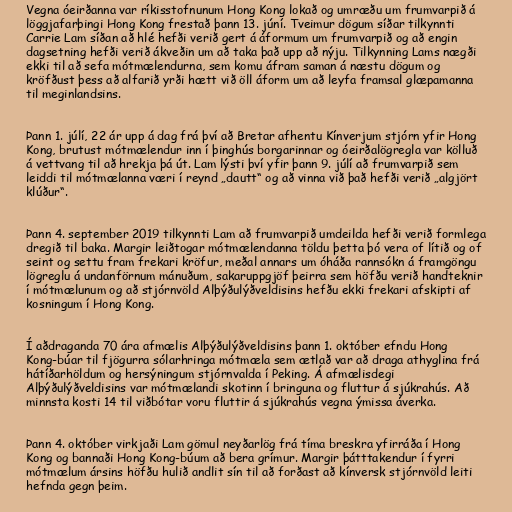
Vegna óeirðanna var ríkisstofnunum Hong Kong lokað og umræðu um frumvarpið á
löggjafarþingi Hong Kong frestað þann 13. júní. Tveimur dögum síðar tilkynnti
Carrie Lam síðan að hlé hefði verið gert á áformum um frumvarpið og að engin
dagsetning hefði verið ákveðin um að taka það upp að nýju. Tilkynning Lams nægði
ekki til að sefa mótmælendurna, sem komu áfram saman á næstu dögum og
kröfðust þess að alfarið yrði hætt við öll áform um að leyfa framsal glæpamanna
til meginlandsins.

Þann 1. júlí, 22 ár upp á dag frá því að Bretar afhentu Kínverjum stjórn yfir Hong
Kong, brutust mótmælendur inn í þinghús borgarinnar og óeirðalögregla var kölluð
á vettvang til að hrekja þá út. Lam lýsti því yfir þann 9. júlí að frumvarpið sem
leiddi til mótmælanna væri í reynd „dautt“ og að vinna við það hefði verið „algjört
klúður“.

Þann 4. september 2019 tilkynnti Lam að frumvarpið umdeilda hefði verið formlega
dregið til baka. Margir leiðtogar mótmælendanna töldu þetta þó vera of lítið og of
seint og settu fram frekari kröfur, meðal annars um óháða rannsókn á framgöngu
lögreglu á undanförnum mánuðum, sakaruppgjöf þeirra sem höfðu verið handteknir
í mótmælunum og að stjórnvöld Alþýðulýðveldisins hefðu ekki frekari afskipti af
kosningum í Hong Kong.

Í aðdraganda 70 ára afmælis Alþýðulýðveldisins þann 1. október efndu Hong
Kong-búar til fjögurra sólarhringa mótmæla sem ætlað var að draga athyglina frá
hátíðarhöldum og hersýningum stjórnvalda í Peking. Á afmælisdegi
Alþýðulýðveldisins var mótmælandi skotinn í bringuna og fluttur á sjúkrahús. Að
minnsta kosti 14 til viðbótar voru fluttir á sjúkrahús vegna ýmissa áverka.

Þann 4. október virkjaði Lam gömul neyðarlög frá tíma breskra yfirráða í Hong
Kong og bannaði Hong Kong-búum að bera grímur. Margir þátttakendur í fyrri
mótmælum ársins höfðu hulið andlit sín til að forðast að kínversk stjórnvöld leiti
hefnda gegn þeim.